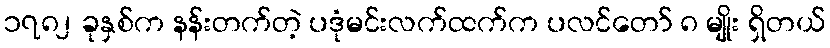
၁၇၈၂ ခုနှစ်က နန်းတက်တဲ့ ပဒုံမင်းလက်ထက်က ပလင်တော် ၈ မျိုး ရှိတယ်